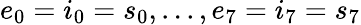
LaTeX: e_{0}=i_{0}=s_{0},...,e_{7}=i_{7}=s_{7}